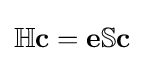
\mathbb {H} \mathbf {c} =\mathbf {e} \mathbb {S} \mathbf {c}